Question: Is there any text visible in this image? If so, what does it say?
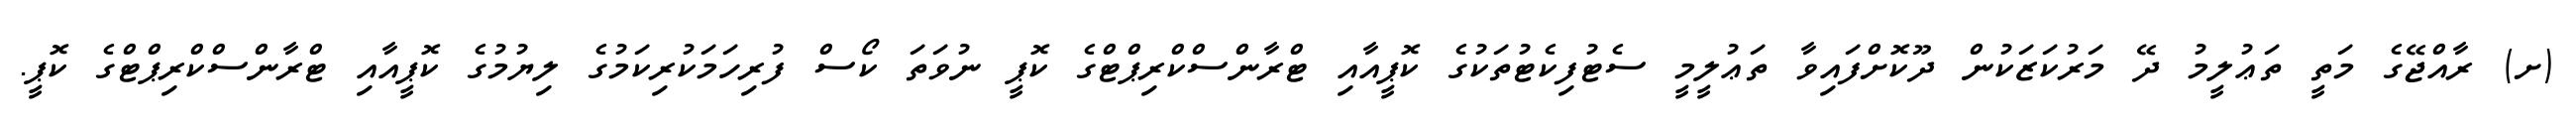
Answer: (ށ) ރާއްޖޭގެ މަތީ ތަޢުލީމު ދޭ މަރުކަޒަކުން ދޫކޮށްފައިވާ ތަޢުލީމީ ސެޓުފިކެޓުތަކުގެ ކޮޕީއާއި ޓްރާންސްކްރިޕްޓްގެ ކޮޕީ ނުވަތަ ކޯސް ފުރިހަމަކުރިކަމުގެ ލިޔުމުގެ ކޮޕީއާއި ޓްރާންސްކްރިޕްޓްގެ ކޮޕީ.